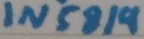
Text: IN5819